Annual statistical returns and brief notes on vaccination in Bengal - 1909-1929
Year: 1909
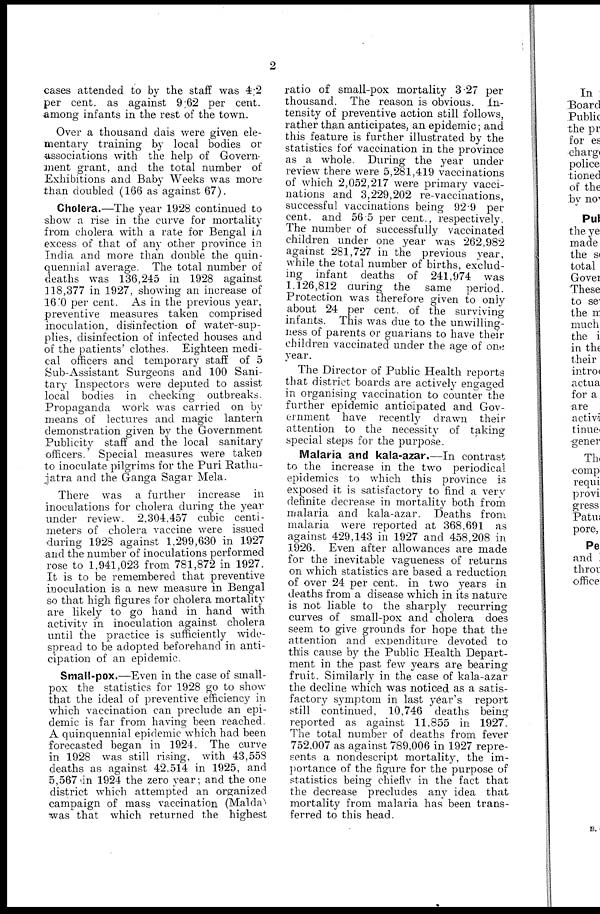
2
cases attended to by the staff was 4.2
per cent. as against 9.62 per cent.
among infants in the rest of the town.
Over a thousand dais were given ele-
mentary training by local bodies or
associations with the help of Govern-
ment grant, and the total number of
Exhibitions and Baby Weeks was more
than doubled (166 as against 67).
Cholera.—The year 1928 continued to
show a rise in the curve for mortality
from cholera with a rate for Bengal in
excess of that of any other province in
India and more than double the quin-
quennial average. The total number of
deaths was 136,245 in 1928 against
118,377 in 1927, showing an increase of
16.0 per cent. As in the previous year,
preventive measures taken comprised
inoculation, disinfection of water-sup-
plies, disinfection of infected houses and
of the patients' clothes. Eighteen medi-
cal officers and temporary staff of 5
Sub-Assistant Surgeons and 100 Sani-
tary Inspectors were deputed to assist
local bodies in checking outbreaks.
Propaganda work was carried on by
means of lectures and magic lantern
demonstration given by the Government
Publicity staff and the local sanitary
officers. Special measures were taken
to inoculate pilgrims for the Puri Ratha-
jatra and the Ganga Sagar Mela.
There was a further increase in
inoculations for cholera during the year
under review. 2,304,457 cubic centi-
meters of cholera vaccine were issued
during 1928 against 1,299,630 in 1927
and the number of inoculations performed
rose to 1,941,023 from 781,872 in 1927.
It is to be remembered that preventive
inoculation is a new measure in Bengal
so that high figures for cholera mortality
are likely to go hand in hand with
activity in inoculation against cholera
until the practice is sufficiently wide-
spread to be adopted beforehand in anti-
cipation of an epidemic.
Small-pox.—Even in the case of small-
pox the statistics for 1928 go to show
that the ideal of preventive efficiency in
which vaccination can preclude an epi-
demic is far from having been reached.
A quinquennial epidemic which had been
forecasted began in 1924. The curve
in 1928 was still rising, with 43,558
deaths as against 42,514 in 1925, and
5,567 in 1924 the zero year; and the one
district which attempted an organized
campaign of mass vaccination (Malda)
was that which returned the highest
ratio of small-pox mortality 3.27 per
thousand. The reason is obvious. In-
tensity of preventive action still follows,
rather than anticipates, an epidemic; and
this feature is further illustrated by the
statistics for vaccination in the province
as a whole. During the year under
review there were 5,281,419 vaccinations
of which 2,052,217 were primary vacci-
nations and 3,229,202 re-vaccinations,
successful vaccinations being 92.9 per
cent. and 56.5 per cent., respectively.
The number of successfully vaccinated
children under one year was 262,982
against 281,727 in the previous year,
while the total number of births, exclud-
ing infant deaths of 241,974 was
1,126,812 during the same period.
Protection was therefore given to only
about 24 per cent. of the surviving
infants. This was due to the unwilling-
ness of parents or guarians to have their
children vaccinated under the age of one
year.
The Director of Public Health reports
that district boards are actively engaged
in organising vaccination to counter the
further epidemic anticipated and Gov-
ernment have recently drawn their
attention to the necessity of taking
special steps for the purpose.
Malaria and kala-azar.—In contrast
to the increase in the two periodical
epidemics to which this province is
exposed it is satisfactory to find a very
definite decrease in mortality both from
malaria and kala-azar. Deaths from
malaria were reported at 368,691 as
against 429,143 in 1927 and 458,208 in
1926. Even after allowances are made
for the inevitable vagueness of returns
on which statistics are based a reduction
of over 24 per cent. in two years in
deaths from a disease which in its nature
is not liable to the sharply recurring
curves of small-pox and cholera does
seem to give grounds for hope that the
attention and expenditure devoted to
this cause by the Public Health Depart-
ment in the past few years are bearing
fruit. Similarly in the case of kala-azar
the decline which was noticed as a satis-
factory symptom in last year's report
still continued, 10,746 deaths being
reported as against 11,855 in 1927.
The total number of deaths from fever
752,007 as against 789,006 in 1927 repre-
sents a nondescript mortality, the im-
portance of the figure for the purpose of
statistics being chiefly in the fact that
the decrease precludes any idea that
mortality from malaria has been trans-
ferred to this head.